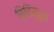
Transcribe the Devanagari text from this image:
बिहिस्तून